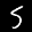
Label: 5